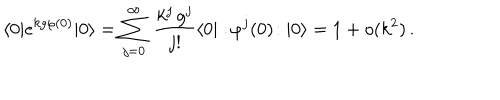
\langle 0 | e ^ { k g \varphi ( 0 ) } | 0 \rangle = \sum _ { j = 0 } ^ { \infty } \, \frac { k ^ { j } \, g ^ { j } } { j ! } \langle 0 | : \! \varphi ^ { j } ( 0 ) \! : | 0 \rangle = 1 + o ( k ^ { 2 } ) \, .